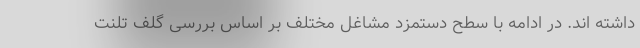
داشته اند. در ادامه با سطح دستمزد مشاغل مختلف بر اساس بررسی گلف تلنت